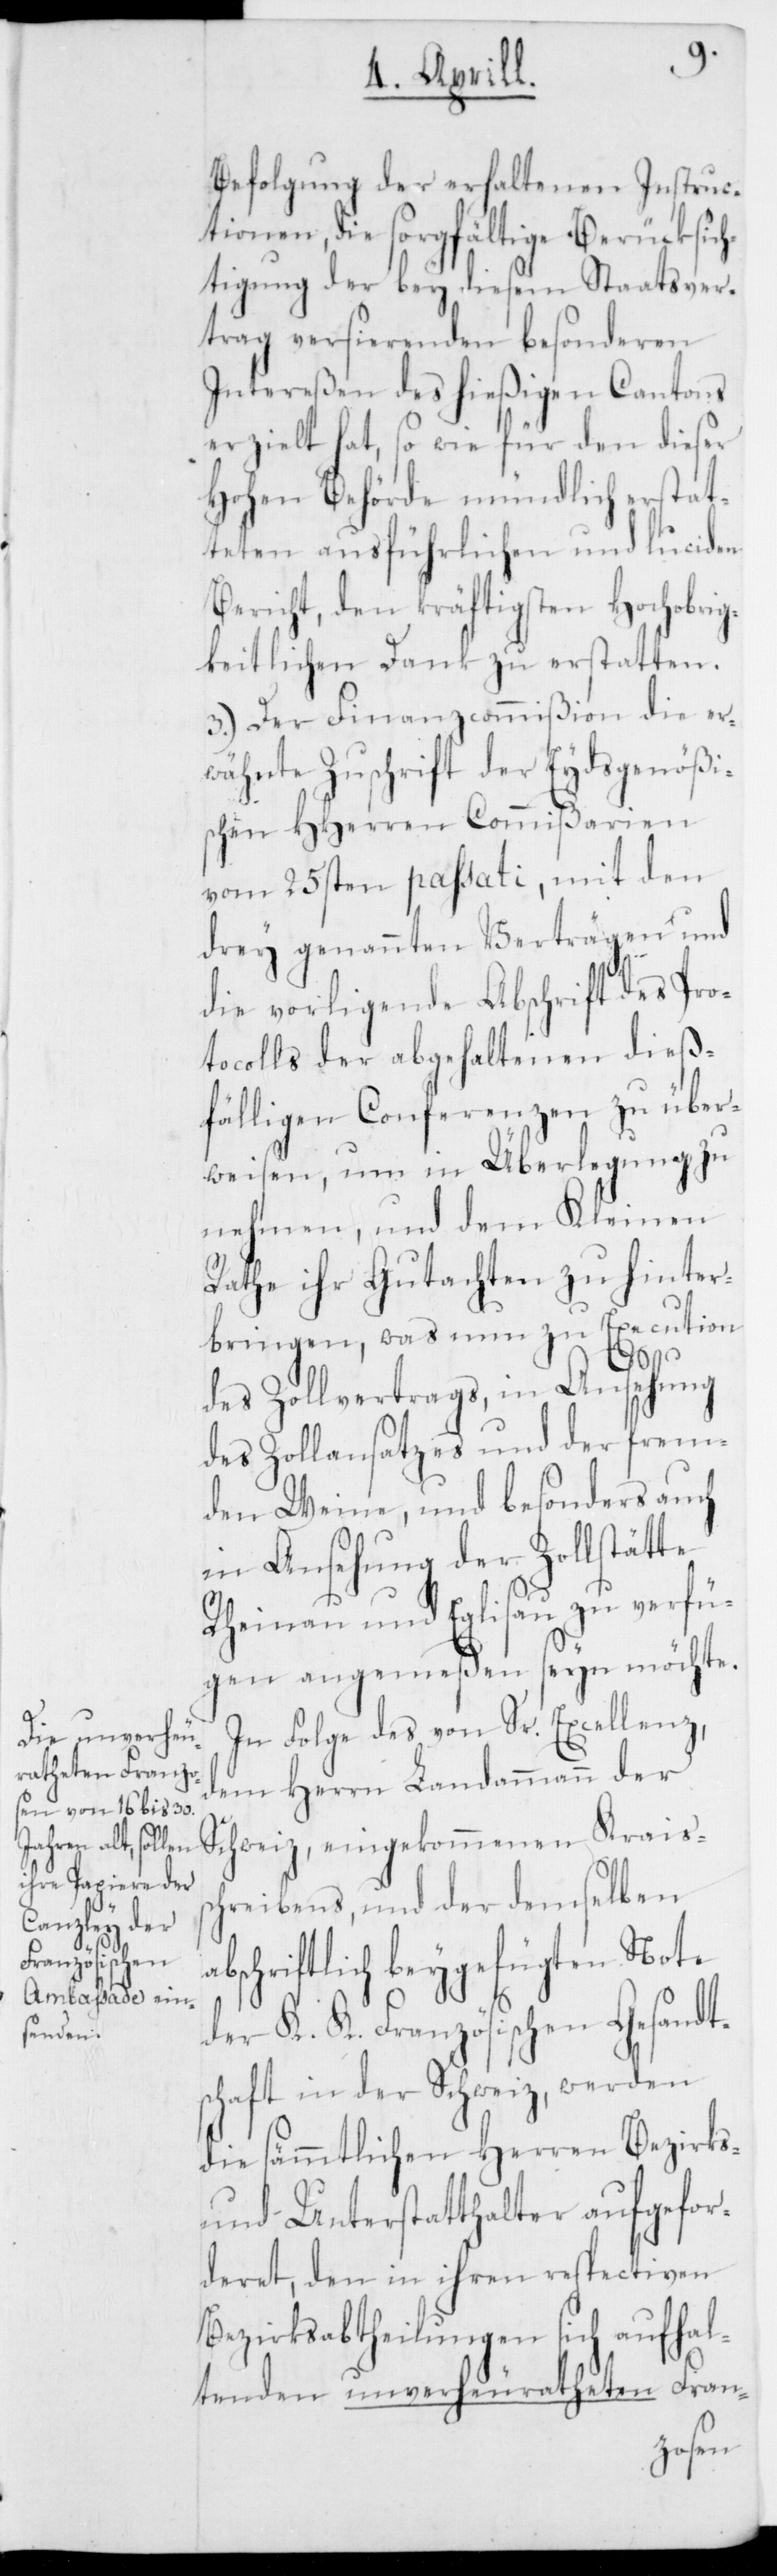
Befolgung der erhaltenen Instruc¬
tionen, die sorgfältige Berücksich¬
tigung der bey diesem Staatsver¬
trag versierenden besonderen
Intereßen des hießigen Cantons
erzielt hat, so wie für den dieser
Hohen Behörde mündlich erstat¬
teten ausführlichen und luciden
Bericht, den kräftigsten Hochobri¬
gkeitlichen Dank zu erstatten.
3.) Der Finanzcommißion die er¬
wähnte Zuschrift der Eydsgenößi¬
schen HHerren Commißarien
vom 25sten passati, mit den
drey genannten Verträgen und
die vorligende Abschrift des Pro¬
tocolls der abgehaltenen dieß¬
fälligen Conferenzen zu über¬
weisen, um in Überlegung zu
nehmen und dem Kleinen
Rathe ihr Gutachten zu hinter¬
bringen, was nun zu Execution
des Zollvertrags, in Ansehung
des Zollansatzes und der frem¬
den Weine, und besonders auch
in Ansehung der Zollstätte
Rheinau und Eglisau zu verfü¬
gen angemeßen seyn möchte.
In Folge des von Sr. Excellenz,
dem Herrn Landammann der
Schweiz, eingekommenen Kreiss¬
chreibens, und der demselben
abschriftlich beygefügten Note
der K. K. Französischen Gesandt¬
schaft in der Schweiz, werden
die sämmtlichen Herren Bezirks-
und Unterstatthalter aufgefor¬
deret, den in ihren respectiven
Bezirksabtheilungen sich aufhal¬
tenden unverheuratheten Fran-